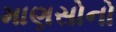
માણસોનો